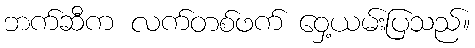
ဘက်ဆီက လက်တစ်ဖက် ဝှေ့ယမ်းပြသည်။